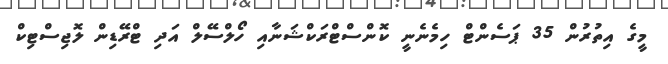
މީގެ އިތުރުން 35 ޕަސެންޓް ހިމެނެނީ ކޮންސްޓްރަކްޝަނާއި ހޯލްސޭލް އަދި ޓްރޭޑިން ލޮޖިސްޓިކް